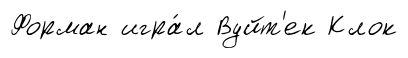
Форман игра́л Вуйт'ек Клок